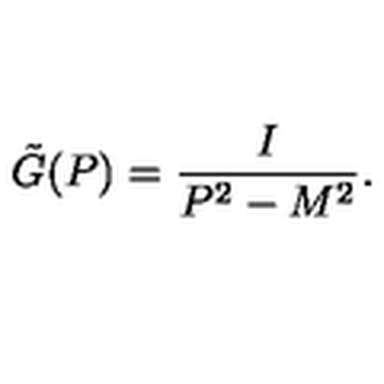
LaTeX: \tilde { G } ( P ) = \frac { I } { P ^ { 2 } - M ^ { 2 } } .